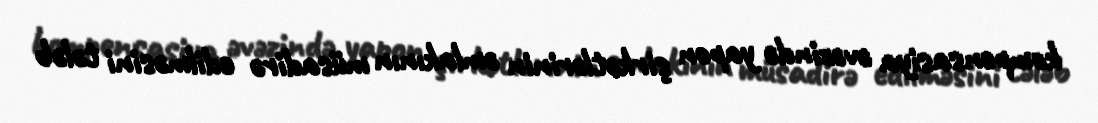
kompensasiya əvəzində yapon şirkətlərinin əmlakının müsadirə edilməsini tələb